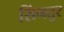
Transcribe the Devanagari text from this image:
सिंगतुर